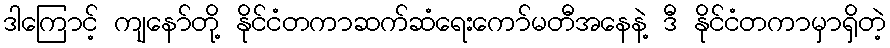
ဒါကြောင့် ကျနော်တို့ နိုင်ငံတကာဆက်ဆံရေးကော်မတီအနေနဲ့ ဒီ နိုင်ငံတကာမှာရှိတဲ့